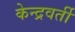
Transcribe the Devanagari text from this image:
केन्द्रवर्ती